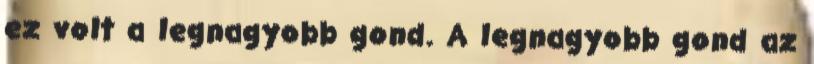
ez volt a legnagyobb gond. A legnagyobb gond az